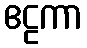
ဧဠကာ